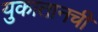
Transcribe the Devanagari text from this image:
युकातानची